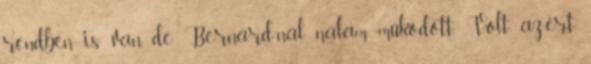
rendben is van, de Bernard-nál nálam működött. Volt azért